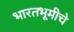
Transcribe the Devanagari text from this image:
भारतभूमीचे